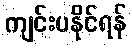
ကျင်းပနိုင်ရန်